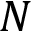
N